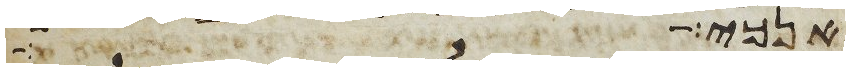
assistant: אנכי ותלך